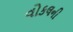
વોકલની